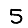
Digit: 5